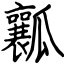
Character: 瓤